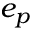
e _ { p }